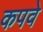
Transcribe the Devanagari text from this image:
कपवे